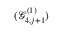
( \mathcal { G } _ { 4 , j + 1 } ^ { ( 1 ) } )